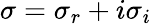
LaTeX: \sigma=\sigma_{r}+i\sigma_{i}